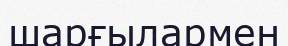
шарғылармен